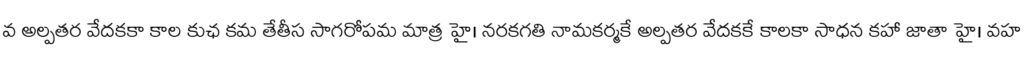
వ అల్పతర వేదకకా కాల కుఛ కమ తేతీస సాగరోపమ మాత్ర హై। నరకగతి నామకర్మకే అల్పతర వేదకకే కాలకా సాధన కహా జాతా హై। వహ